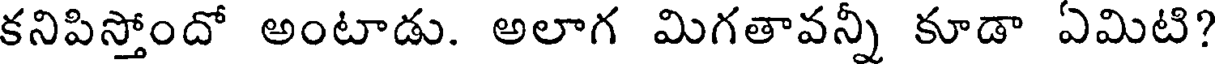
కనిపిస్తోందో అంటాడు. అలాగ మిగతావన్నీ కూడా ఏమిటి?